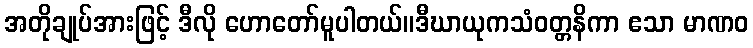
အတိုချုပ်အားဖြင့် ဒီလို ဟောတော်မူပါတယ်။ဒီဃာယုကသံဝတ္တနိကာ ဧသာ မာဏဝ